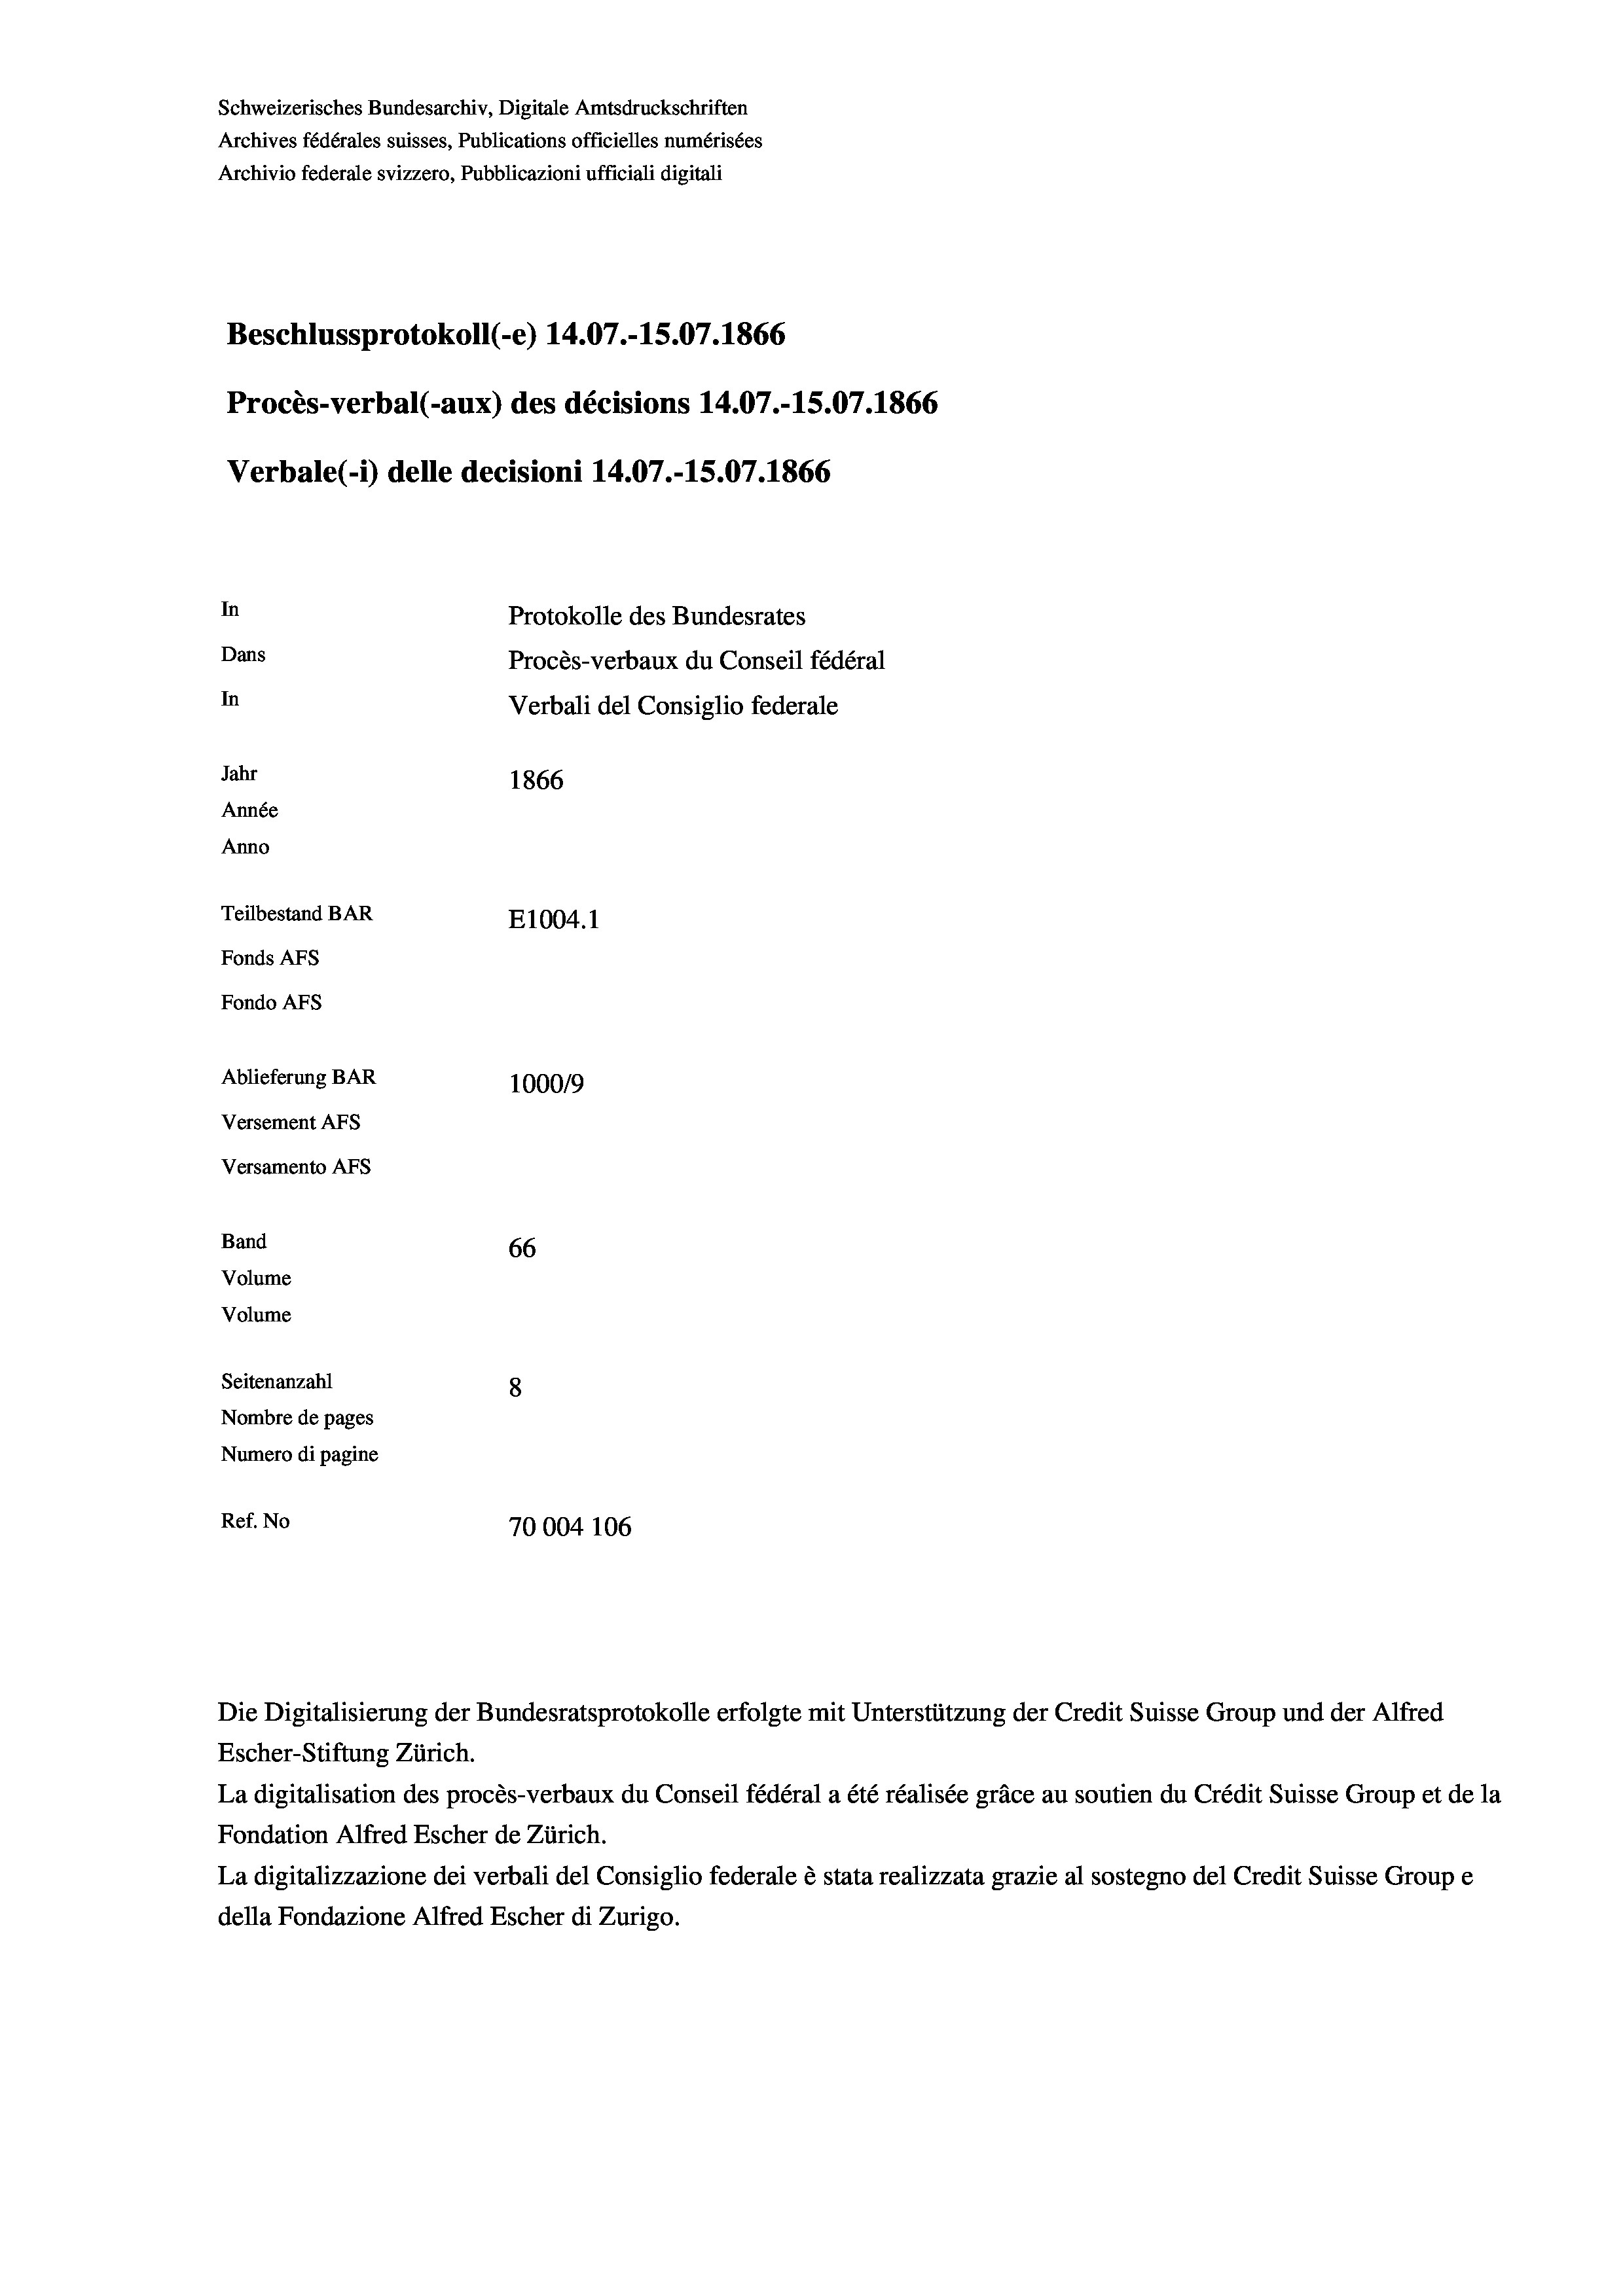
Schweizerisches Bundesarchiv, Digitale Amtsdruckschriften
Archives fédérales suisses, Publications officielles numérisées
Archivio federale svizzero, Pubblicazioni ufficiali digitali
Beschlussprotokoll (-e) 14.07.-15.07. 1866
Procès-verbal (-aux) des décisions 14.07.-15.07. 1866
Verbale(-*) delle decisioni 14.07.-15.07. 1866
In
Protokolle des Bundesrates
Dans
Procès-verbaux du Conseil fédéral
In
Verbali del Consiglio federale
Jahr
1866
Année
Anno
Teilbestand BAR
E1004.1
Fonds AFs
Fondo AFS
Ablieferung BAR
100019
Versement AFs
Versamento AFs
Band
66
Volume
Volume

La digitalisation des procès-verbaux du Conseil fédéral a été réalisée gräce au soutien du Crédit Suisse Group et de la
Fondation Alfred Escher de Zürich.
La digitalizzazione dei verbali del Consiglio federale è stata realizzata grazie al sostegno del Credit Suisse Groupe
della Fondazione Alfred Escher di Zurigo.

Seitenanzahl
8
Nombre de pages
Numero di pagine
Ref. No
70004 106

Die Digitalisierung der Bundesratsprotokolle erfolgte mit Unterstützung der Credit Suisse Group und der Alfred
Escher-Stiftung Zürich.